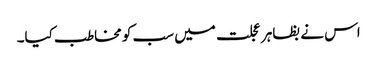
اس نے بظاہر عجلت میں سب کو مخاطب کیا۔